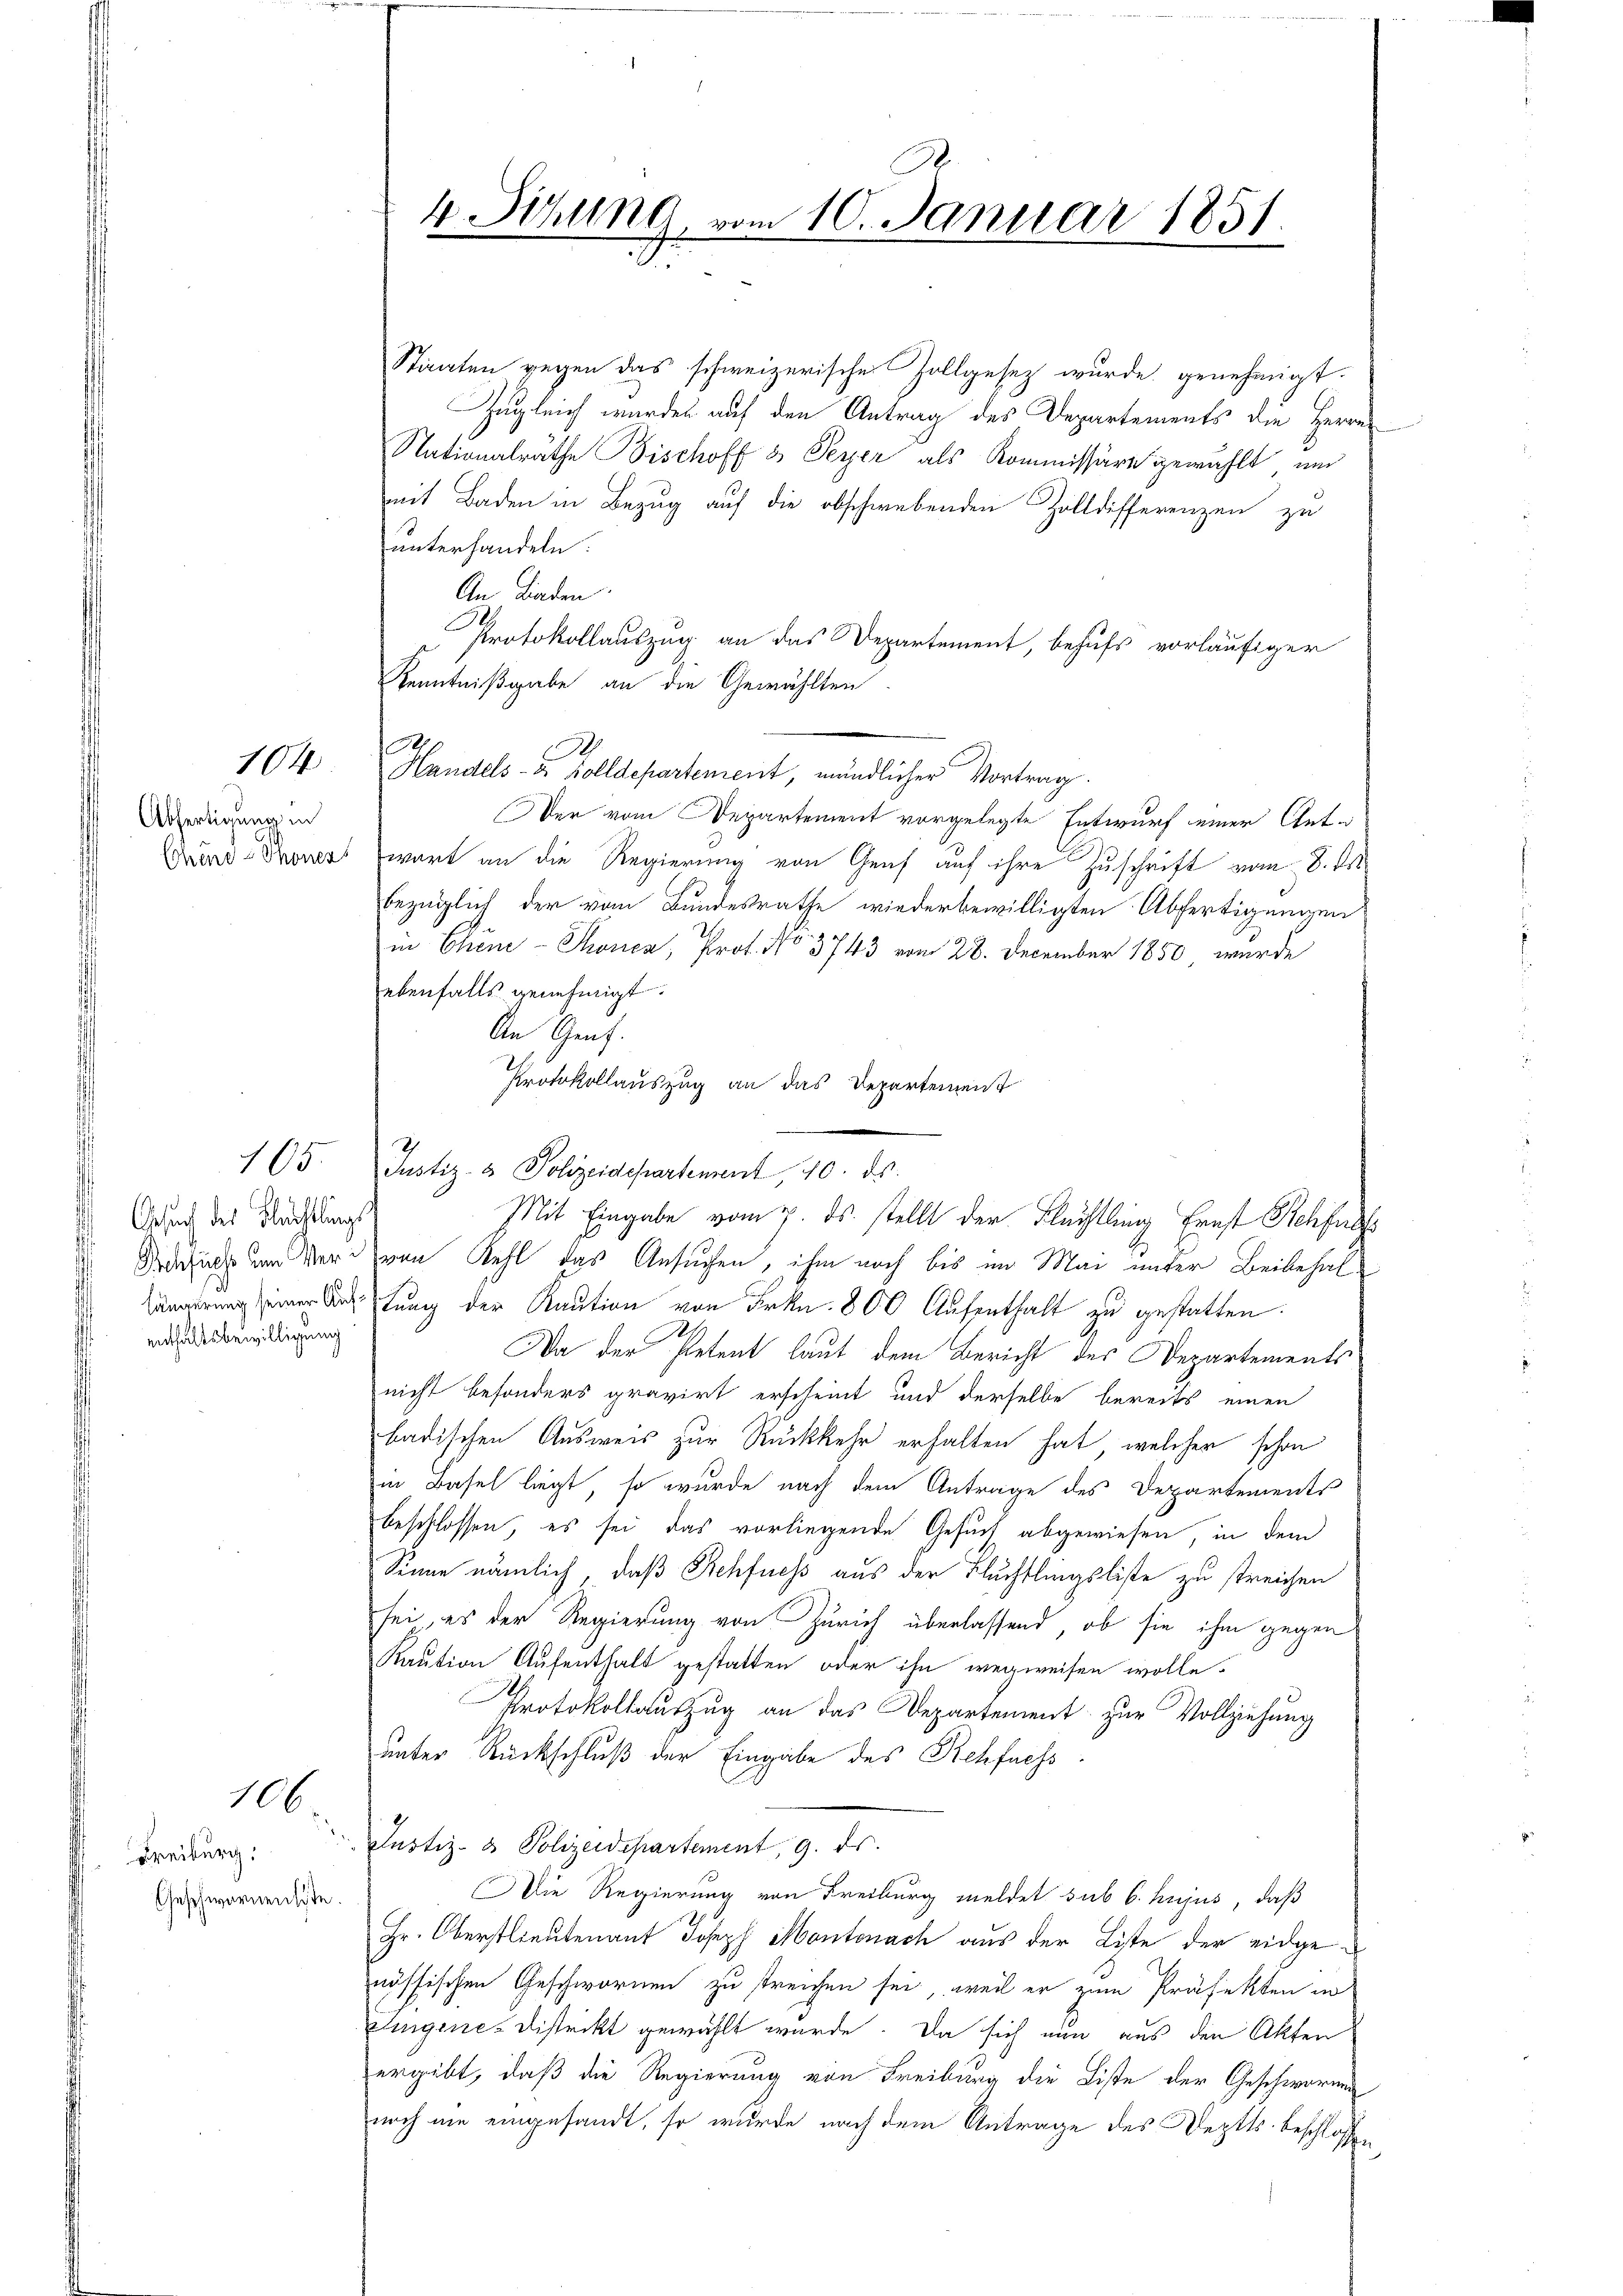
Gesuch des Blacklungs
enthaltsbewilligung

104

Abfertigung in
Schende Thonens

106.

Freiburg.
Geschwornensiste.

Staaten gegen das schweizerische Zollgesez wurde genehmigt.
Zugleich wurden auf den Antrag des Departements die Herrn
Nationalräthe Bischoff 3 Peyer als Kommissäre gewählt und
mit Baden in Bezug auf die obschwebenden Zolldifferenzen zu
unterhandeln.
An Laden
Protokollauszug an das Departement, behufs vorläufiger
Kenntnißgabe an die Gewählten.
2
Handels- & Solldepartement, mündlicher Vortrag.
Der vom Departement vorgelegte Entwurf einer Antwart an die Regierung von Graf auf ihre Zuschrift vom 8. ds.
bezüglich der vom Bundesrathe wiederbewilligten Abfertigungen
in Chine-Thonca, Prof. No. 3743 vom 28. December 1850, wurde
ebenfalls genehmigt.
An Gent.
Protokollauszug an das Departement
Mit Eingabe vom 7. ds. stellt der Flächtling Ernst Rehfel
Rauch um Wer von Kehl das Ansuchen, ihm noch bis im Mai unter Beibehalstung der Kaution von Frkn. 800 Aufenthalt zu gestatten.
Da der Petent laut dem Bericht des Departements
nicht besonders gravirt erscheint und derselbe bereits einen
badischen Ausweis zur Rückkehr erhalten hat, welcher schon
in Basel liegt, so wurde nach dem Antrage des Departements
beschlossen, es sei das vorliegende Gesuch abgewiesen, in dem
Sinne nämlich, daß Rehfness aus der Fluchtlingsliste zu streichen
sei, es der Regierung von Zürich überlassend, ob sie ihm gegen
Kaution Aufenthalt gestatten oder ihn wegweisen wolle.
Protokollauszug an das Departement zur Vollziehung
unter Rückschluß der Eingabe des Rehfness
Justiz- & Polizeidepartement, 9. ds.
Die Regierung von Freiburg meldet sub 6. hujus, daß
Hr. Oberstlieutenant Joseph Montonach aus der Liste der eidgenössischen Geschwornen zu streichen sei, weil er zum Präfekten in
Eigene-Distrikt gewählt wurde. Da sich nun aus den Akten
ergibt, daß die Regierung von Freiburg die Liste der Geschwornen
noch nie eingesandt, so wurde nach dem Antrage des Deptts. beschlossen,

A.

4. Sizung, vom 10. Januar 1851.
4

165. Justiz- & Polizeidepartement, 10. ds.

.